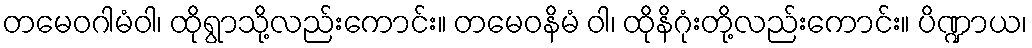
တမေဝဂါမံဝါ၊ ထိုရွာသို့လည်းကောင်း။ တမေဝနိမံ ဝါ၊ ထိုနိဂုံးတို့လည်းကောင်း။ ပိဏ္ဍာယ၊